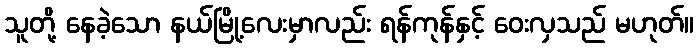
သူတို့ နေခဲ့သော နယ်မြို့လေးမှာလည်း ရန်ကုန်နှင့် ဝေးလှသည် မဟုတ်။